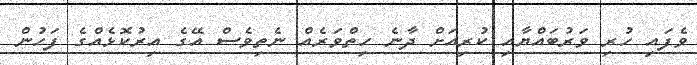
ވެފައި ހުރި ވަރުބައްޔާއި ކުރިއަށް ދާނެ ހިތްވަރެއް ނެތިވެސް އޭގެ އިރުކޮޅެއްގެ ފަހުން